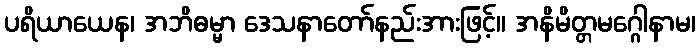
ပရိယာယေန၊ အဘိဓမ္မာ ဒေသနာတော်နည်းအားဖြင့်။ အနိမိတ္တမဂ္ဂေါနာမ၊